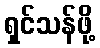
ရှင်သန်ဖို့